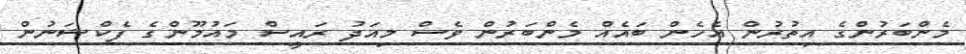
މެންބަރުންގެ އިތުރުން އެހެން ބައެއް މެންބަރުން ވެސް މިއަދު ރައީސް މައުމޫންގެ ފެކްޝަނުން